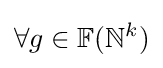
\forall g\in \mathbb {F} (\mathbb {N} ^{k})